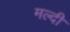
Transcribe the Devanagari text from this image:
मल्दी